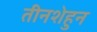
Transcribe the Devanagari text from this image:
तीनशेहुन